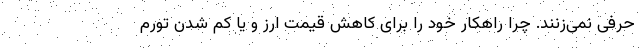
حرفی نمی‌زنند. چرا راهکار خود را برای کاهش قیمت ارز و یا کم شدن تورم